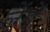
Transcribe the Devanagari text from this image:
लेंसें